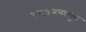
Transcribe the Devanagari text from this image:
१८१२पासून